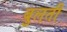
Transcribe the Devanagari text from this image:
बुलती